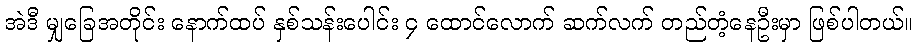
အဲဒီ မျှခြေအတိုင်း နောက်ထပ် နှစ်သန်းပေါင်း ၄ ထောင်လောက် ဆက်လက် တည်တံ့နေဦးမှာ ဖြစ်ပါတယ်။